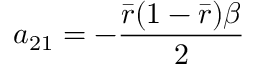
a _ { 2 1 } = - \frac { \bar { r } ( 1 - \bar { r } ) \beta } { 2 }